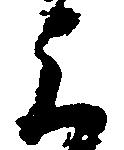
上